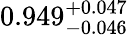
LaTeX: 0.949_{-0.046}^{+0.047}